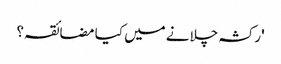
'رکشہ چلانے میں کیا مضائقہ؟